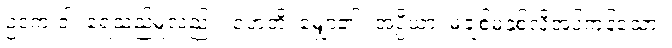
ဥဒကံ ဝါ၊ ရေသည်မူလည်း။ ဝဟတိ၊ မျှော၏။ အပ္ပိယာ၊ မချစ်မနှစ်လိုအပ်ကုန်သော။